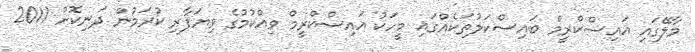
މާލޭގައި އައިސްކްރީމް ބައިސްކަލުތަކެއްގައި މީހަކު އައިސްކްރީމް ވިއްކުމުގެ ވިޔަފާރި ކުރަމުން ދަނިކޮށް 2011